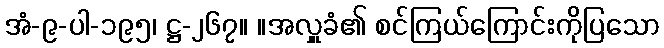
အံ-၉-ပါ-၁၉၅၊ ဋ္ဌ-၂၆၇။ ။အလှူခံ၏ စင်ကြယ်ကြောင်းကိုပြသော